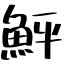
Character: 鮃